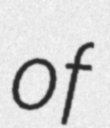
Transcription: of